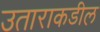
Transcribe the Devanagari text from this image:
उताराकडील